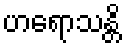
ဟရောသန္တိ